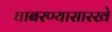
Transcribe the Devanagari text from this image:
घाबरण्यासारखे